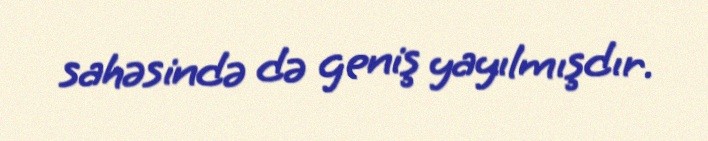
sahəsində də geniş yayılmışdır.